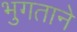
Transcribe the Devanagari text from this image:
भुगताने